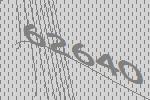
62640